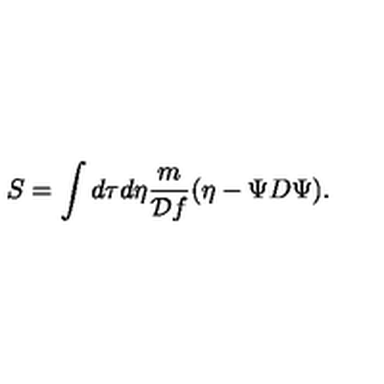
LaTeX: S = \int d \tau d \eta { \frac { m } { { \cal D } f } } ( \eta - \Psi { D } \Psi ) .